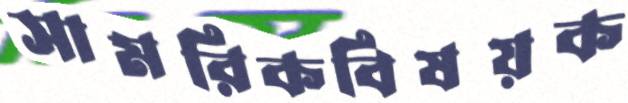
সামরিকবিষয়ক